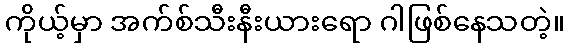
ကိုယ့်မှာ အက်စ်သီးနီးယားရော ဂါဖြစ်နေသတဲ့။